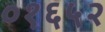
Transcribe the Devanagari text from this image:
०१६५२